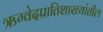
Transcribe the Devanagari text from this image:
ऋग्वेदप्रातिशाख्यांतील